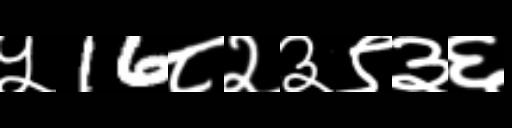
Text: ५16८२३९३६